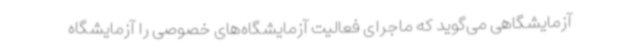
آزمایشگاهی می‌گوید که ماجرای فعالیت آزمایشگاه‌های خصوصی را آزمایشگاه